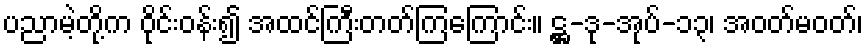
ပညာမဲ့တို့က ဝိုင်းဝန်း၍ အထင်ကြီးတတ်ကြကြောင်း။ ဋ္ဌ-ဒု-အုပ်-၁၃၊ အဝတ်မဝတ်၊